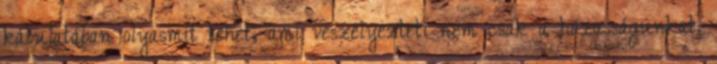
kábulatában olyasmit tehet, ami veszélyezteti nem csak a házasságunkat,